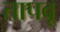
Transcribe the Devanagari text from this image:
तापवू